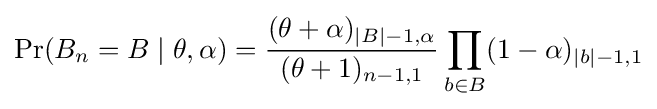
\Pr(B_{n}=B\mid \theta ,\alpha )={\frac {(\theta +\alpha )_{|B|-1,\alpha }}{(\theta +1)_{n-1,1}}}\prod _{b\in B}(1-\alpha )_{|b|-1,1}